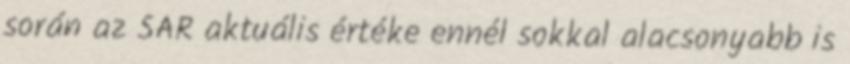
során az SAR aktuális értéke ennél sokkal alacsonyabb is